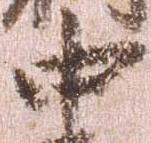
中